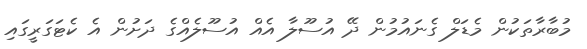
މުބާރާތަކުން މެޑަލް ގެނައުމުން ދޭ އުސޫލާ އެއް އުސޫލެއްގެ ދަށުން އެ ކެޓަގަރީގައި